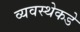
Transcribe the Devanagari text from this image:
व्यवस्थेकडे